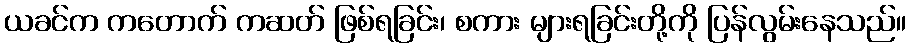
ယခင်က ကတောက် ကဆတ် ဖြစ်ရခြင်း၊ စကား များရခြင်းတို့ကို ပြန်လွမ်းနေသည်။